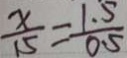
\frac { x } { 1 5 } = \frac { 1 . 5 } { 0 . 5 }